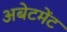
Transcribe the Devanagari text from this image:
अबेटमेंट